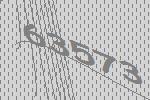
63573